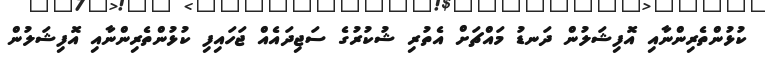
ކުޅުންތެރިންނާއި އޮފިޝަލުން ދަނޑު މަައްޗަށް އެތުރި ޝުކުރުގެ ސަޖިދައެއް ޖަހައިފި ކުޅުންތެރިންނާއި އޮފިޝަލުން